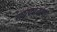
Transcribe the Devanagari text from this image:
शात्कार्याचा